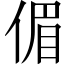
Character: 𠋥